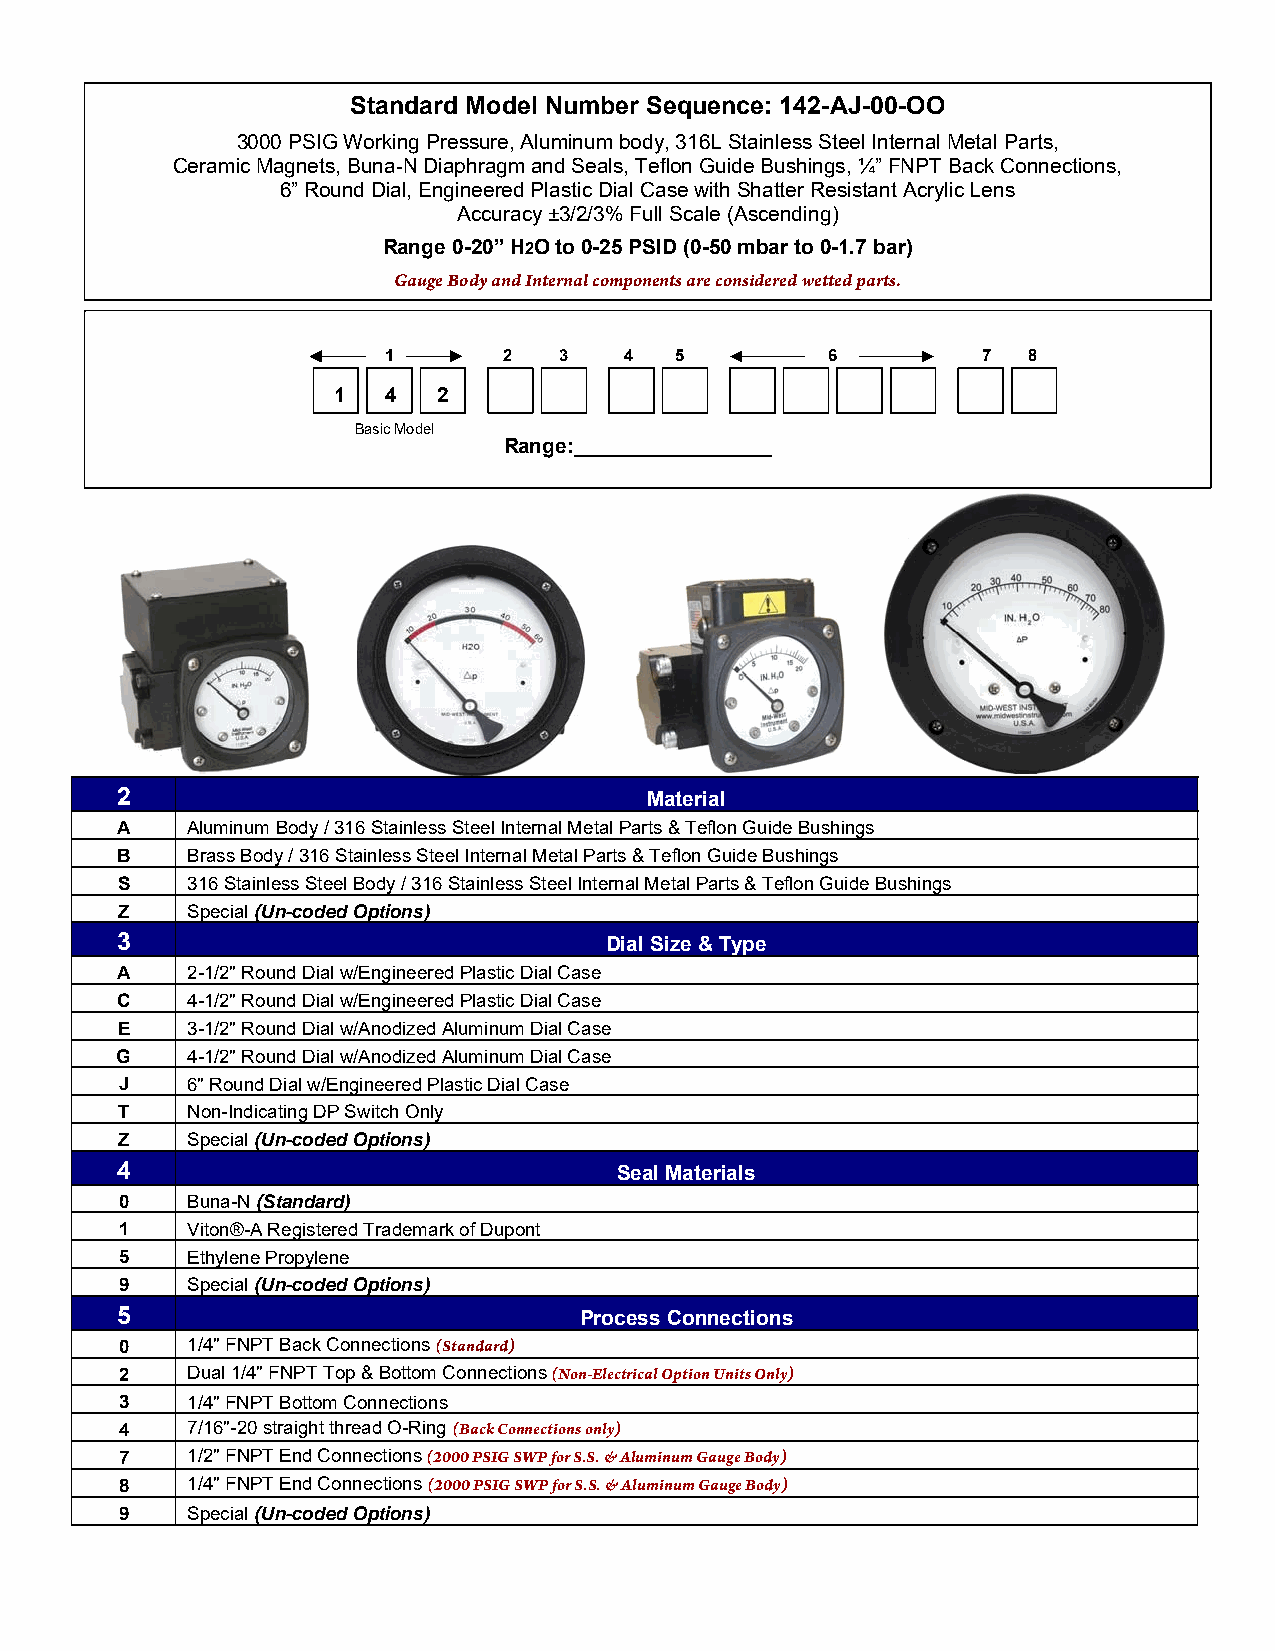
Standard Model Number Sequence: 142-AJ-00-OO
 3000 PSIG Working Pressure, Aluminum body, 316L Stainless Steel Internal Metal Parts,
 C eramic Magnets, Buna-N Diaphragm and Seals, Teflon Guide Bushings, ¼” FNPT Back Connections,
 6” Round Dial, Engineered Plastic Dial Case with Shatter Resistant Acrylic Lens
 Accuracy ±3/2/3% Full Scale (Ascending)
 Range 0-20” H2O to 0-25 PSID (0-50 mbar to 0-1.7 bar)
 Gauge Body and Internal components are considered wetted parts.
 1      2   3   4   5         6         7  8
 1   4  2
 Basic Model
 Range:_________________
 2                                  Material
 A   Aluminum Body / 316 Stainless Steel Internal Metal Parts & Teflon Guide Bushings
 B   Brass Body / 316 Stainless Steel Internal Metal Parts & Teflon Guide Bushings
 S   316 Stainless Steel Body / 316 Stainless Steel Internal Metal Parts & Teflon Guide Bushings
 Z   Special (Un-coded Options)
 3                               Dial Size & Type
 A   2-1/2" Round Dial w/Engineered Plastic Dial Case
 C   4-1/2" Round Dial w/Engineered Plastic Dial Case
 E   3-1/2" Round Dial w/Anodized Aluminum Dial Case
 G   4-1/2" Round Dial w/Anodized Aluminum Dial Case
 J   6" Round Dial w/Engineered Plastic Dial Case
 T   Non-Indicating DP Switch Only
 Z   Special (Un-coded Options)
 4                                Seal Materials
 0   Buna-N (Standard)
 1   Viton®-A Registered Trademark of Dupont
 5   Ethylene Propylene
 9   Special (Un-coded Options)
 5                             Process Connections
 0   1/4" FNPT Back Connections (Standard)
 2   Dual 1/4" FNPT Top & Bottom Connections (Non-Electrical Option Units Only)
 3   1/4" FNPT Bottom Connections
 4   7/16"-20 straight thread O-Ring (Back Connections only)
 7   1/2" FNPT End Connections (2000 PSIG SWP for S.S. & Aluminum Gauge Body)
 8   1/4" FNPT End Connections (2000 PSIG SWP for S.S. & Aluminum Gauge Body)
 9   Special (Un-coded Options)